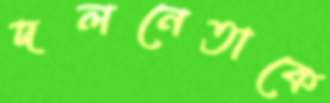
দলনেতাকে